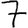
Digit: 7